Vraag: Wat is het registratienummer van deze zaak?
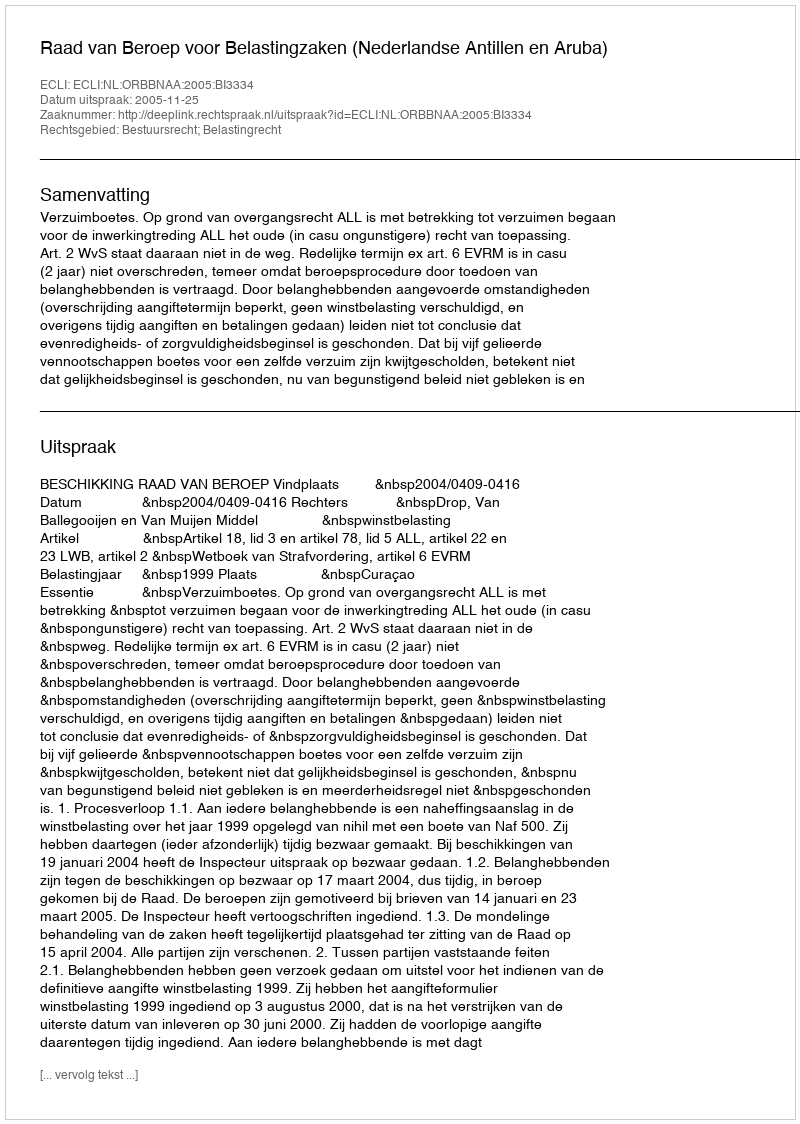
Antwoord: http://deeplink.rechtspraak.nl/uitspraak?id=ECLI:NL:ORBBNAA:2005:BI3334